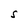
Character: S